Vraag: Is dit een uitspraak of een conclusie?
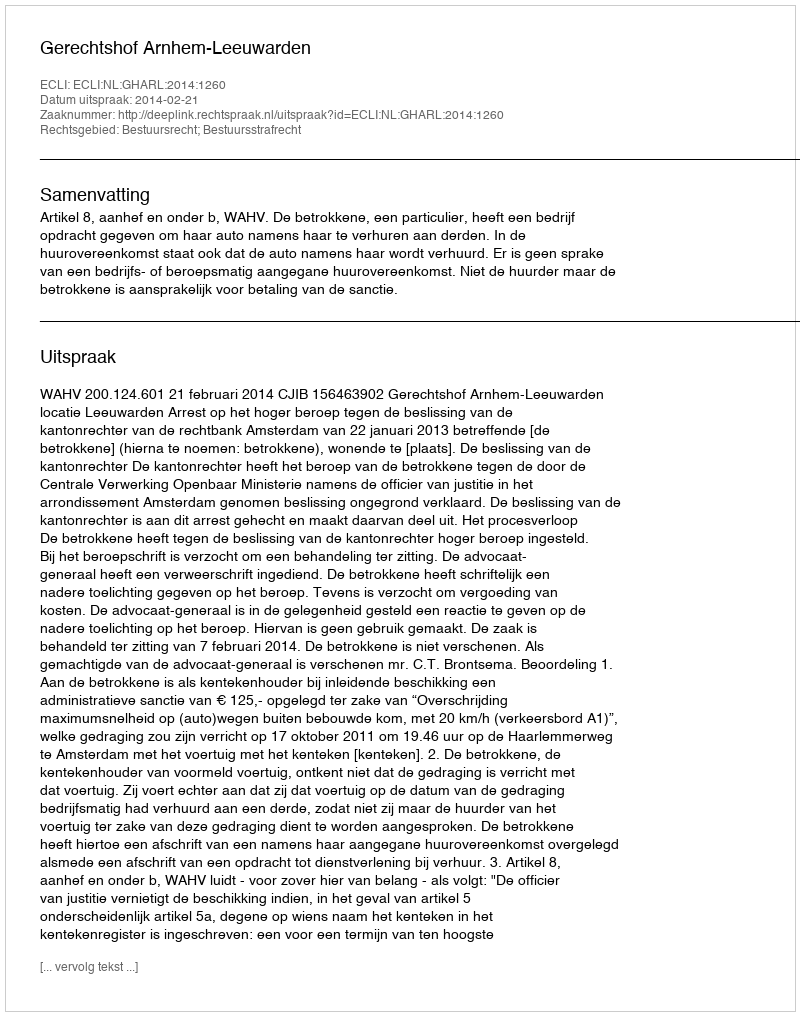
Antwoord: Uitspraak